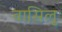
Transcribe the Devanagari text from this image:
वासिलु